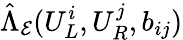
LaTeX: \hat{\Lambda}_{\mathcal{E}}(U_{L}^{i},U_{R}^{j},b_{ij})